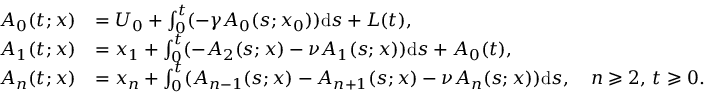
\begin{array} { r l } { A _ { 0 } ( t ; x ) } & { = U _ { 0 } + \int _ { 0 } ^ { t } ( - \gamma A _ { 0 } ( s ; x _ { 0 } ) ) \mathrm { d } s + L ( t ) , } \\ { A _ { 1 } ( t ; x ) } & { = x _ { 1 } + \int _ { 0 } ^ { t } ( - A _ { 2 } ( s ; x ) - \nu A _ { 1 } ( s ; x ) ) \mathrm { d } s + A _ { 0 } ( t ) , } \\ { A _ { n } ( t ; x ) } & { = x _ { n } + \int _ { 0 } ^ { t } ( { A _ { n - 1 } ( s ; x ) } - A _ { n + 1 } ( s ; x ) - \nu A _ { n } ( s ; x ) ) \mathrm { d } s , \quad n \geqslant 2 , \, t \geqslant 0 . } \end{array}